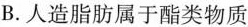
B.人造脂肪属于酯类物质